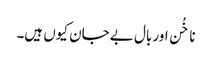
ناخُن اور بال بے جان کیوں ہیں۔